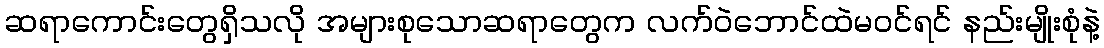
ဆရာကောင်းတွေရှိသလို အများစုသောဆရာတွေက လက်ဝဲဘောင်ထဲမဝင်ရင် နည်းမျိုးစုံနဲ့